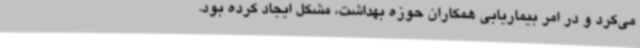
می‌کرد و در امر بیماریابی همکاران حوزه بهداشت، مشکل ایجاد کرده بود.